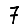
Digit: 7